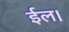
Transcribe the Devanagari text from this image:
ईल।